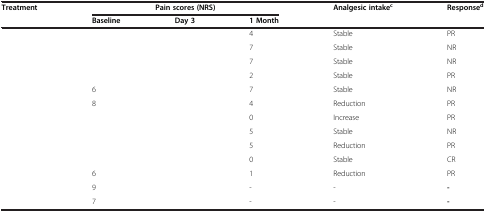
<table><thead><tr><td><b>Treatment</b></td><td colspan="3"><b>Pain scores (NRS)</b></td><td><b>Analgesic intake<sup>c</sup></b></td><td><b>Response<sup>d</sup></b></td></tr><tr><td>[EMPTY_CELL]</td><td><b>Baseline</b></td><td><b>Day 3</b></td><td><b>1 Month</b></td><td>[EMPTY_CELL]</td><td>[EMPTY_CELL]</td></tr></thead><tbody><tr><td>[EMPTY_CELL]</td><td>[EMPTY_CELL]</td><td>[EMPTY_CELL]</td><td>4</td><td>Stable</td><td>PR</td></tr><tr><td>[EMPTY_CELL]</td><td>[EMPTY_CELL]</td><td>[EMPTY_CELL]</td><td>7</td><td>Stable</td><td>NR</td></tr><tr><td>[EMPTY_CELL]</td><td>[EMPTY_CELL]</td><td>[EMPTY_CELL]</td><td>7</td><td>Stable</td><td>NR</td></tr><tr><td>[EMPTY_CELL]</td><td>[EMPTY_CELL]</td><td>[EMPTY_CELL]</td><td>2</td><td>Stable</td><td>PR</td></tr><tr><td>[EMPTY_CELL]</td><td>6</td><td>[EMPTY_CELL]</td><td>7</td><td>Stable</td><td>NR</td></tr><tr><td>[EMPTY_CELL]</td><td>8</td><td>[EMPTY_CELL]</td><td>4</td><td>Reduction</td><td>PR</td></tr><tr><td>[EMPTY_CELL]</td><td>[EMPTY_CELL]</td><td>[EMPTY_CELL]</td><td>0</td><td>Increase</td><td>PR</td></tr><tr><td>[EMPTY_CELL]</td><td>[EMPTY_CELL]</td><td>[EMPTY_CELL]</td><td>5</td><td>Stable</td><td>NR</td></tr><tr><td>[EMPTY_CELL]</td><td>[EMPTY_CELL]</td><td>[EMPTY_CELL]</td><td>5</td><td>Reduction</td><td>PR</td></tr><tr><td>[EMPTY_CELL]</td><td>[EMPTY_CELL]</td><td>[EMPTY_CELL]</td><td>0</td><td>Stable</td><td>CR</td></tr><tr><td>[EMPTY_CELL]</td><td>6</td><td>[EMPTY_CELL]</td><td>1</td><td>Reduction</td><td>PR</td></tr><tr><td>[EMPTY_CELL]</td><td>9</td><td>[EMPTY_CELL]</td><td>-</td><td>-</td><td><b>-</b></td></tr><tr><td>[EMPTY_CELL]</td><td>7</td><td>[EMPTY_CELL]</td><td>-</td><td>-</td><td><b>-</b></td></tr></tbody></table>